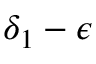
\delta _ { 1 } - \epsilon